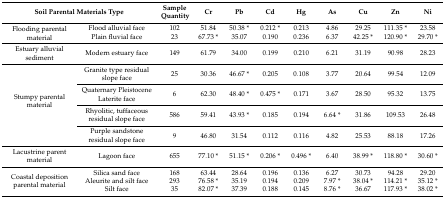
<table><thead><tr><td colspan="2"><b>Soil Parental Materials Type</b></td><td><b>Sample Quantity</b></td><td><b>Cr</b></td><td><b>Pb</b></td><td><b>Cd</b></td><td><b>Hg</b></td><td><b>As</b></td><td><b>Cu</b></td><td><b>Zn</b></td><td><b>Ni</b></td></tr></thead><tbody><tr><td rowspan="2">Flooding parental material</td><td>Flood alluvial face</td><td>102</td><td>51.84</td><td>50.38 *</td><td>0.212 *</td><td>0.213</td><td>4.86</td><td>29.25</td><td>111.35 *</td><td>23.58</td></tr><tr><td>Plain fluvial face</td><td>23</td><td>67.73 *</td><td>35.07</td><td>0.190</td><td>0.236</td><td>6.37</td><td>42.25 *</td><td>120.90 *</td><td>29.70 *</td></tr><tr><td>Estuary alluvial sediment</td><td>Modern estuary face</td><td>149</td><td>61.79</td><td>34.00</td><td>0.199</td><td>0.210</td><td>6.21</td><td>31.19</td><td>90.98</td><td>28.23</td></tr><tr><td rowspan="4">Stumpy parental material</td><td>Granite type residual slope face</td><td>25</td><td>30.36</td><td>46.67 *</td><td>0.205</td><td>0.108</td><td>3.77</td><td>20.64</td><td>99.54</td><td>12.09</td></tr><tr><td>Quaternary Pleistocene Laterite face</td><td>6</td><td>62.30</td><td>48.40 *</td><td>0.475 *</td><td>0.171</td><td>3.67</td><td>28.50</td><td>95.32</td><td>13.75</td></tr><tr><td>Rhyolitic, tuffaceous residual slope face</td><td>586</td><td>59.41</td><td>43.93 *</td><td>0.185</td><td>0.194</td><td>6.64 *</td><td>31.86</td><td>109.53</td><td>26.48</td></tr><tr><td>Purple sandstone residual slope face</td><td>9</td><td>46.80</td><td>31.54</td><td>0.112</td><td>0.116</td><td>4.82</td><td>25.53</td><td>88.18</td><td>17.26</td></tr><tr><td>Lacustrine parent material</td><td>Lagoon face</td><td>655</td><td>77.10 *</td><td>51.15 *</td><td>0.206 *</td><td>0.496 *</td><td>6.40</td><td>38.99 *</td><td>118.80 *</td><td>30.60 *</td></tr><tr><td rowspan="3">Coastal deposition parental material</td><td>Silica sand face</td><td>168</td><td>63.44</td><td>28.64</td><td>0.196</td><td>0.136</td><td>6.27</td><td>30.73</td><td>94.28</td><td>29.20</td></tr><tr><td>Aleurite and silt face</td><td>293</td><td>76.58 *</td><td>35.19</td><td>0.194</td><td>0.209</td><td>7.97 *</td><td>38.04 *</td><td>114.21 *</td><td>35.12 *</td></tr><tr><td>Silt face</td><td>35</td><td>82.07 *</td><td>37.39</td><td>0.188</td><td>0.145</td><td>8.76 *</td><td>36.67</td><td>117.93 *</td><td>38.02 *</td></tr></tbody></table>